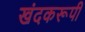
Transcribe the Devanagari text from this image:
खंदकरूपी